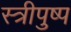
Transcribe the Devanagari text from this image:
स्त्रीपुष्प